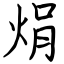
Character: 焆